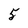
Character: 5